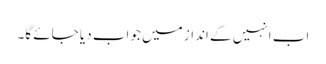
اب انہیں کے انداز میں جواب دیا جائے گا۔